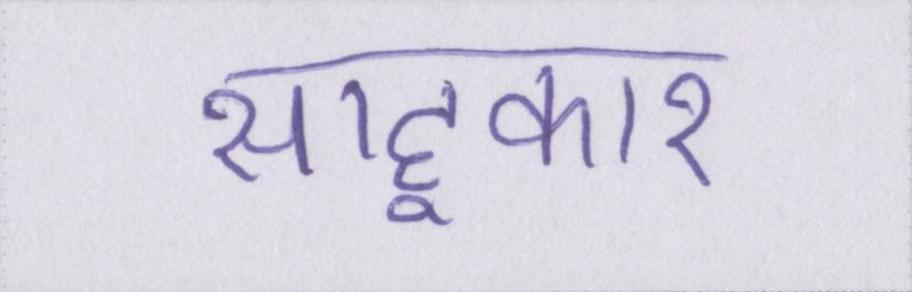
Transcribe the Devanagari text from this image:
साहूकार